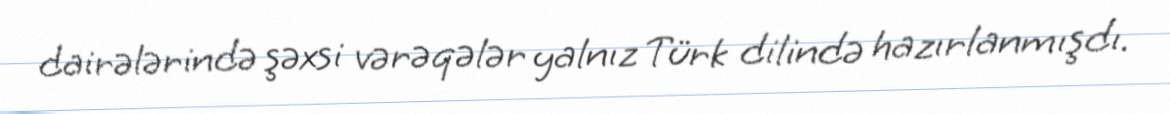
dairələrində şəxsi vərəqələr yalnız Türk dilində hazırlanmışdı.